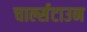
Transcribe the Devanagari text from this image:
चार्ल्सटाउन